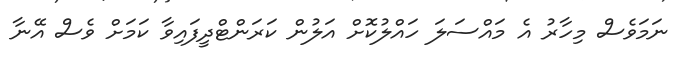
ނަމަވެސް މިހާރު އެ މައްސަލަ ހައްލުކޮށް އަލުން ކަރަންޓްދީފައިވާ ކަމަށް ވެސް އޭނާ